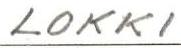
LOKKI